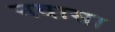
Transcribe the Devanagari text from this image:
नवासा